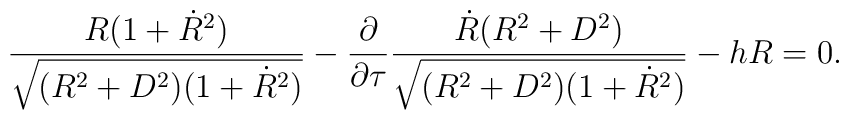
\frac{R(1+{\dot R}^2)}{\sqrt{(R^2+D^2)(1+{\dot R}^2)}}-\frac{\partial}{\partial\tau}\frac{{\dot R}(R^2+D^2)}{\sqrt{(R^2+D^2)(1+{\dot R}^2)}}-hR =0.